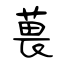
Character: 葨